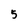
Character: 5